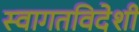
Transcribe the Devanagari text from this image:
स्वागतविदेशी